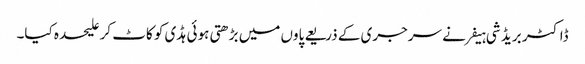
ڈاکٹر بریڈ شی ہیفر نے سرجری کے ذریعے پاوں میں بڑھتی ہوئی ہڈی کو کاٹ کر علیحدہ کیا۔